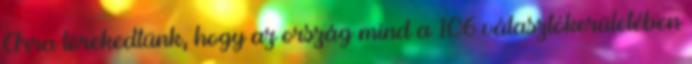
Arra törekedtünk, hogy az ország mind a 106 választókerületében